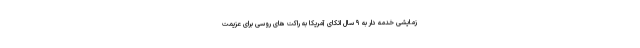
زمایشی خدمه دار به ۹ سال اتکای آمریکا به راکت های روسی برای عزیمت